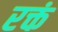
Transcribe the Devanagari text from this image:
रक्तं